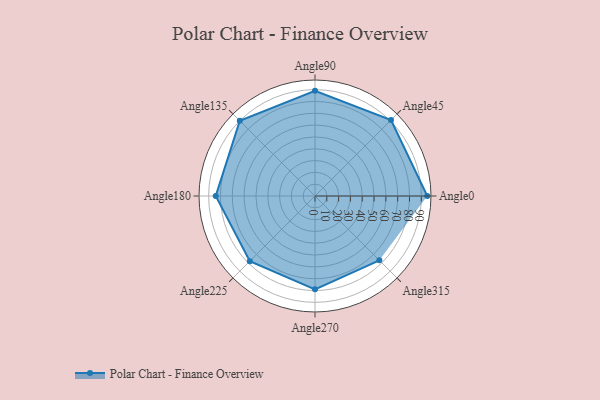
{"axis": {"x": "Angle", "y": "Radius"}, "legend": [""], "data": [{"x": "Angle0", "y": 95.0, "type": ""}, {"x": "Angle45", "y": 91.0, "type": ""}, {"x": "Angle90", "y": 89.0, "type": ""}, {"x": "Angle135", "y": 90.0, "type": ""}, {"x": "Angle180", "y": 84.0, "type": ""}, {"x": "Angle225", "y": 78.0, "type": ""}, {"x": "Angle270", "y": 79.0, "type": ""}, {"x": "Angle315", "y": 77.0, "type": ""}]}